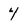
Character: 4